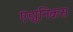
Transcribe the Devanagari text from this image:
एंड्रानिकस